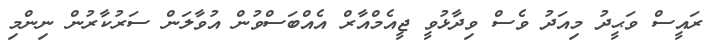
ރައީސް ވަޙީދު މިއަދު ވެސް ވިދާޅުވީ ޖީއެމްއާރް އެއްބަސްވުން އުވާލަން ސަރުކާރުން ނިންމި